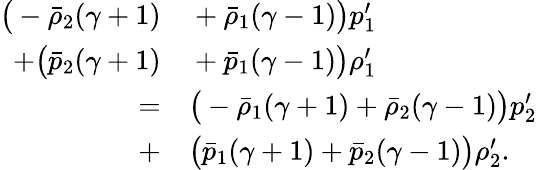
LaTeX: \begin{array}{rl}{\big(-\bar{\rho}_{2}(\gamma+1)}&{{}+\bar{\rho}_{1}(\gamma-1)\big)p_{1}^{\prime}}\\ {+\big(\bar{p}_{2}(\gamma+1)}&{{}+\bar{p}_{1}(\gamma-1)\big)\rho_{1}^{\prime}}\\ {=}&{{}\big(-\bar{\rho}_{1}(\gamma+1)+\bar{\rho}_{2}(\gamma-1)\big)p_{2}^{\prime}}\\ {+}&{{}\big(\bar{p}_{1}(\gamma+1)+\bar{p}_{2}(\gamma-1)\big)\rho_{2}^{\prime}.}\end{array}